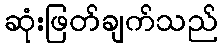
ဆုံးဖြတ်ချက်သည်